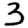
Digit: 3